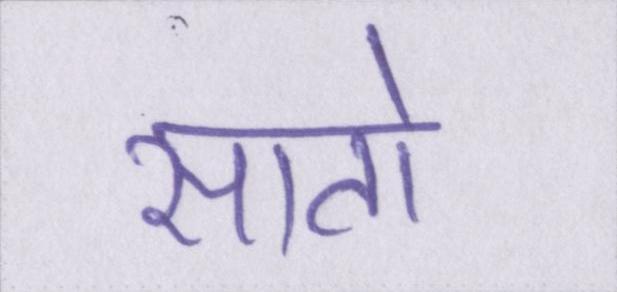
सातो